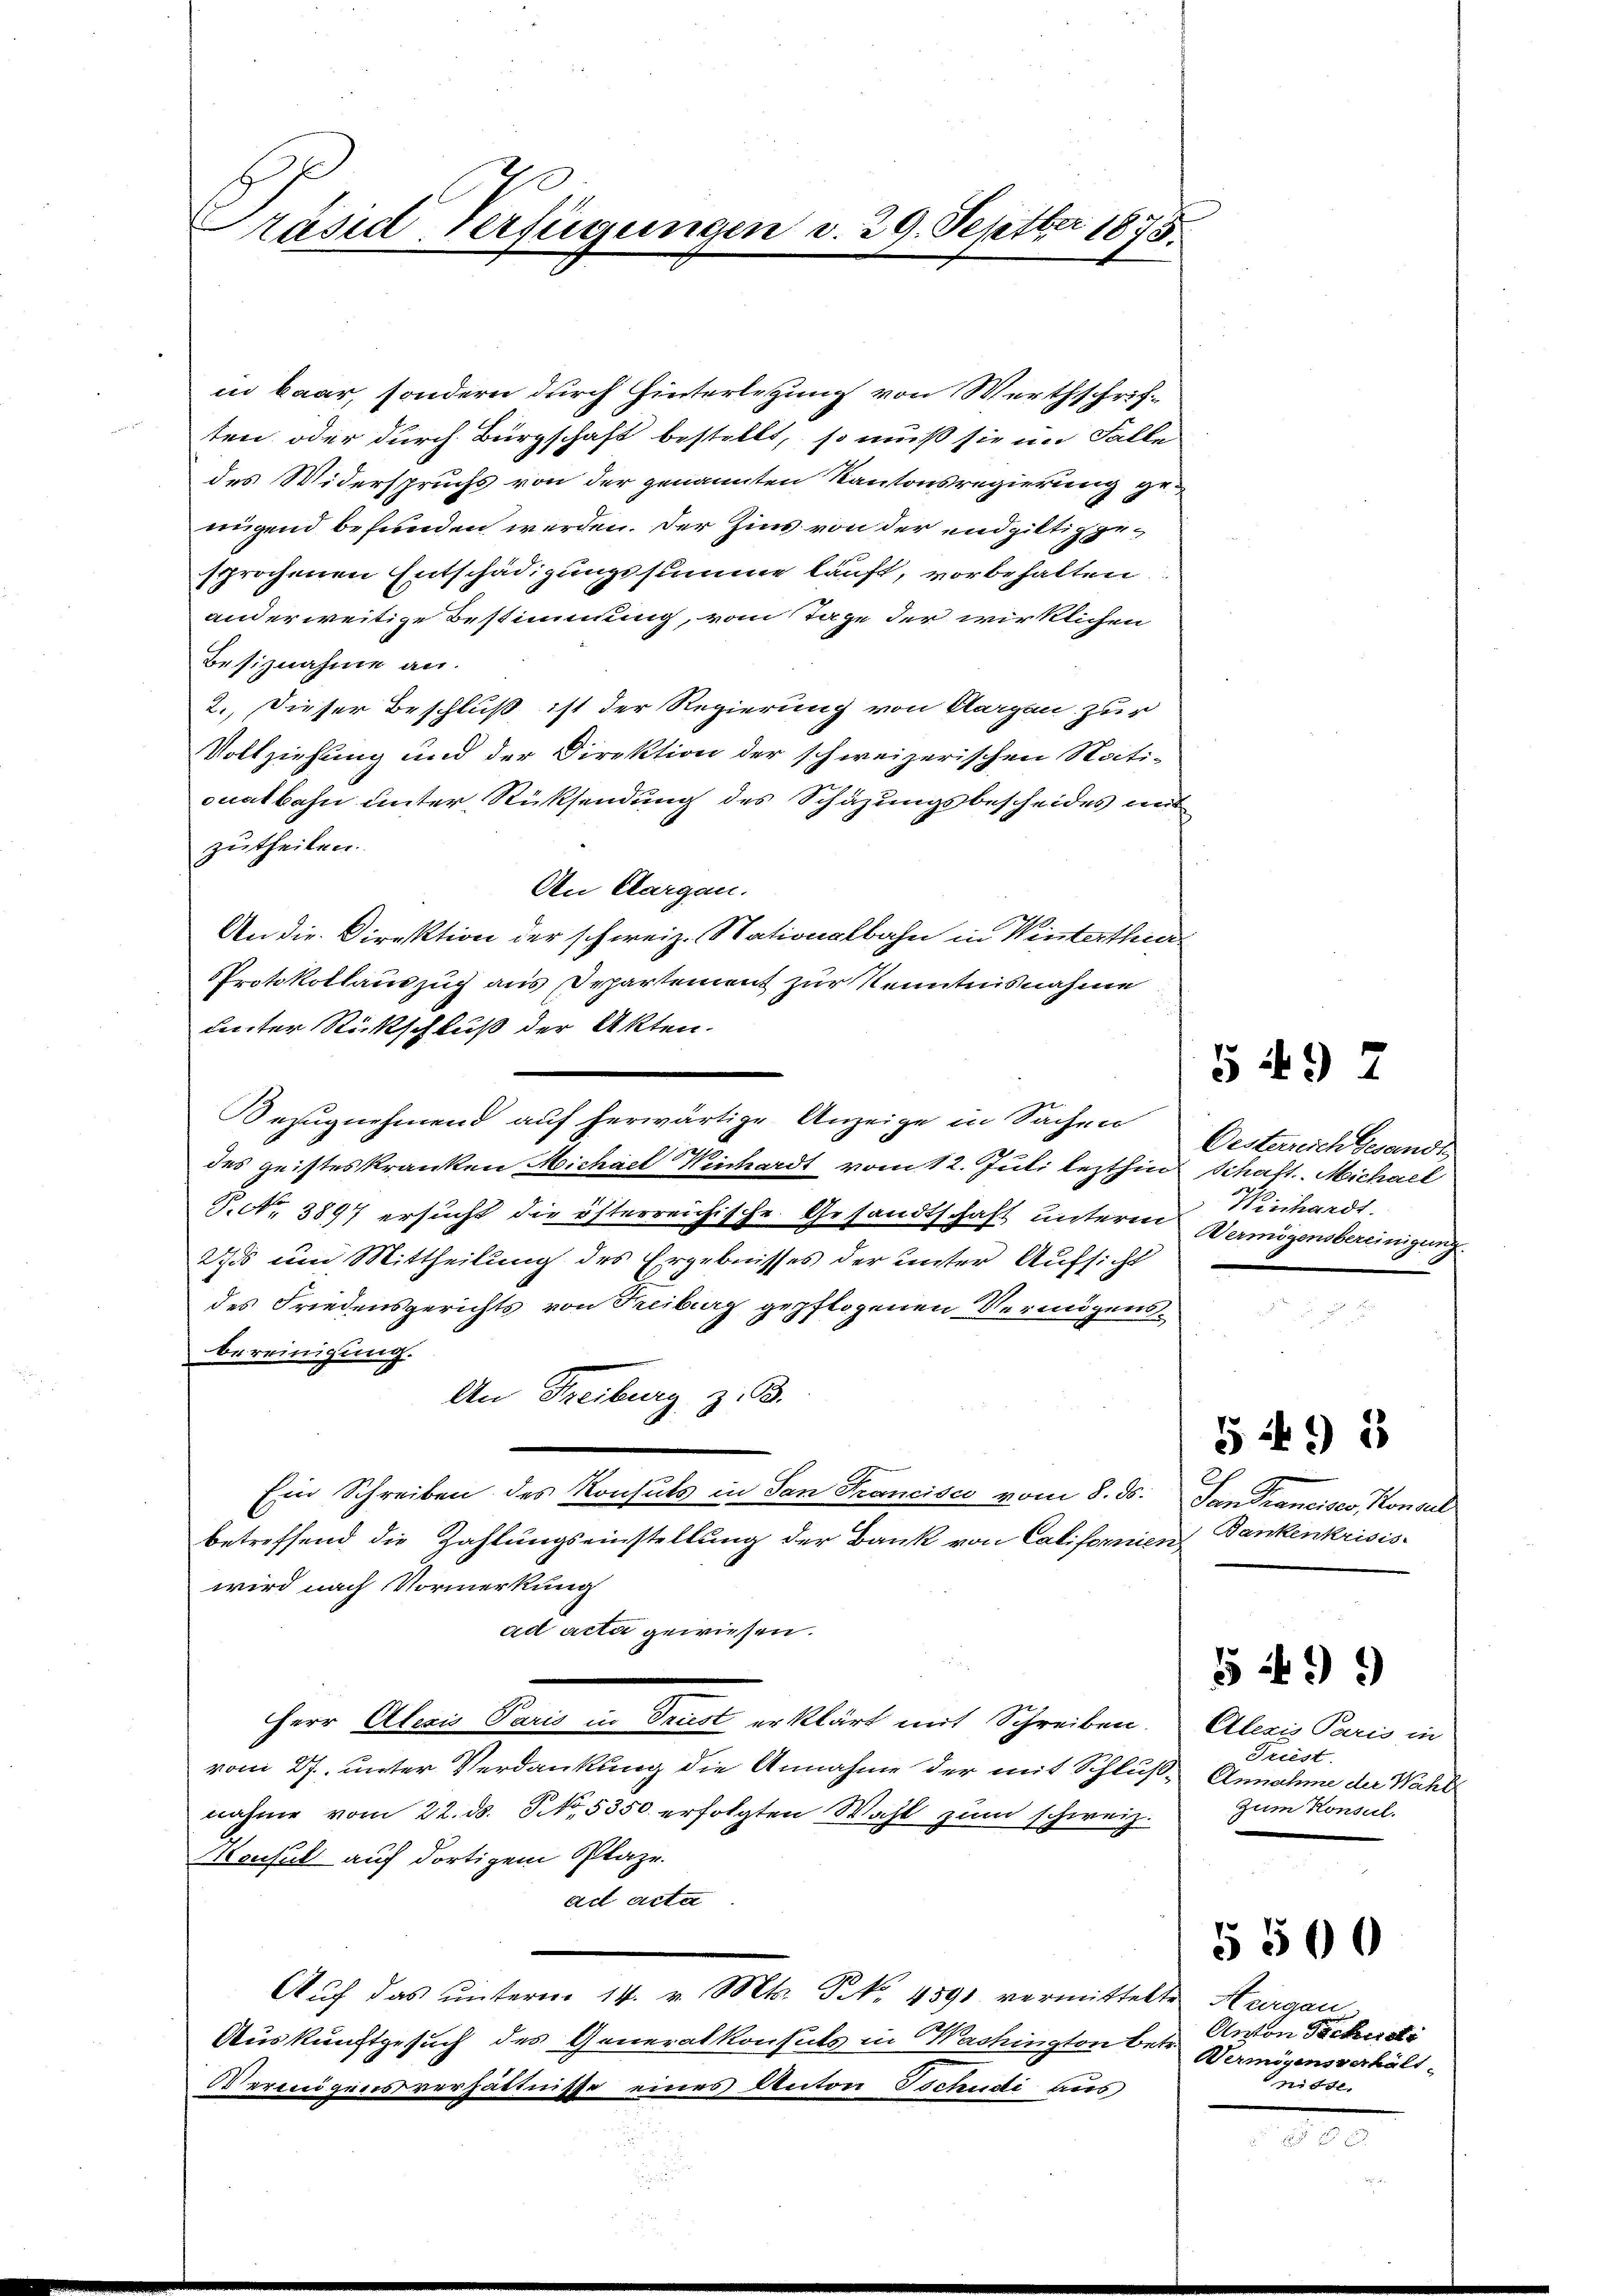
Präsid. Verfügungen d. 29. Septber 1875.

in baar, sondern durch Hinterletzung von Werthschriften oder durch Bürgschaft bestellt, so muß sie im Falle
des Widerspruchs von der genannten Kantonsregierung genügend befunden werden. Der Zins von der endgültig gesprochenen Entschädigungssumme läuft, vorbehalten.
anderweitige Bestimmung, vom Tage der wirklichen
Besiznahme an.
2. Dieser Beschluß ist der Regierung von Aargau zur
Vollziehung und der Direktion der schweizerischen Nati-
ouatbahn unter Rücksendung des Schazungsbescheides mit
zutheilen.
An Aargau.
An die Direktion der schweiz. Nationalbahn in Winterthur
Protokollauszug aus Departement zur Kenntnisnahme
unter Rückschluß der Akten.
Bezugnehmend auf herwärtige Anzeige in Sachen
des geisteskranken Michael Winhardt vom 12. Juli lezthin Schaft. Michael
P. Nr. 3897 ersucht die österreichische Gesandtschaft unterm Vermögensbereinigung
2ds um Mittheilung des Ergebnisses der unter Aufsicht
des Friedensgerichts von Treiburg gepflogenen Vermögensbereinigung.
An Freiburg z. B.
Ein Schreiben des Konsuls in San Francisco vom 8. ds. San Francisco, Konsul
betreffend die Zahlungseinstellung der Bank von Californien Dankenkrisis
wird nach Vormerkung
ad acta gewiesen.
Herr Alexis Paris in Triest erklärt mit Schreiben.
vom 27. unter Verdankung die Annahme der mit Schluß- Annahme der Wahl
nahme vom 22. ds. No. 5350. erfolgten Wahl zŭm schweiz.
Msusul auf dortigem Plaze.
ad Acta
Aŭf das ŭnterm 14. v. Mts. S. No. 4891 vermittelte Hergan
Auskunftgesuch des Generalkonsuls in Wachington betr.
Wermögensverhältnisse eines Anton Tschudi aus

Oesterreich Gesandt
Weichardt.

549 2

595

Alezis Paris in
Triest.
Zum Konsul.

549

Anton Packersti
Wermögensverhalt.
nidde.

5500